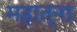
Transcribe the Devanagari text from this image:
महात्ना